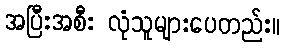
အပြီးအစီး လုံသူများပေတည်း။